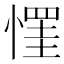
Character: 𢠪